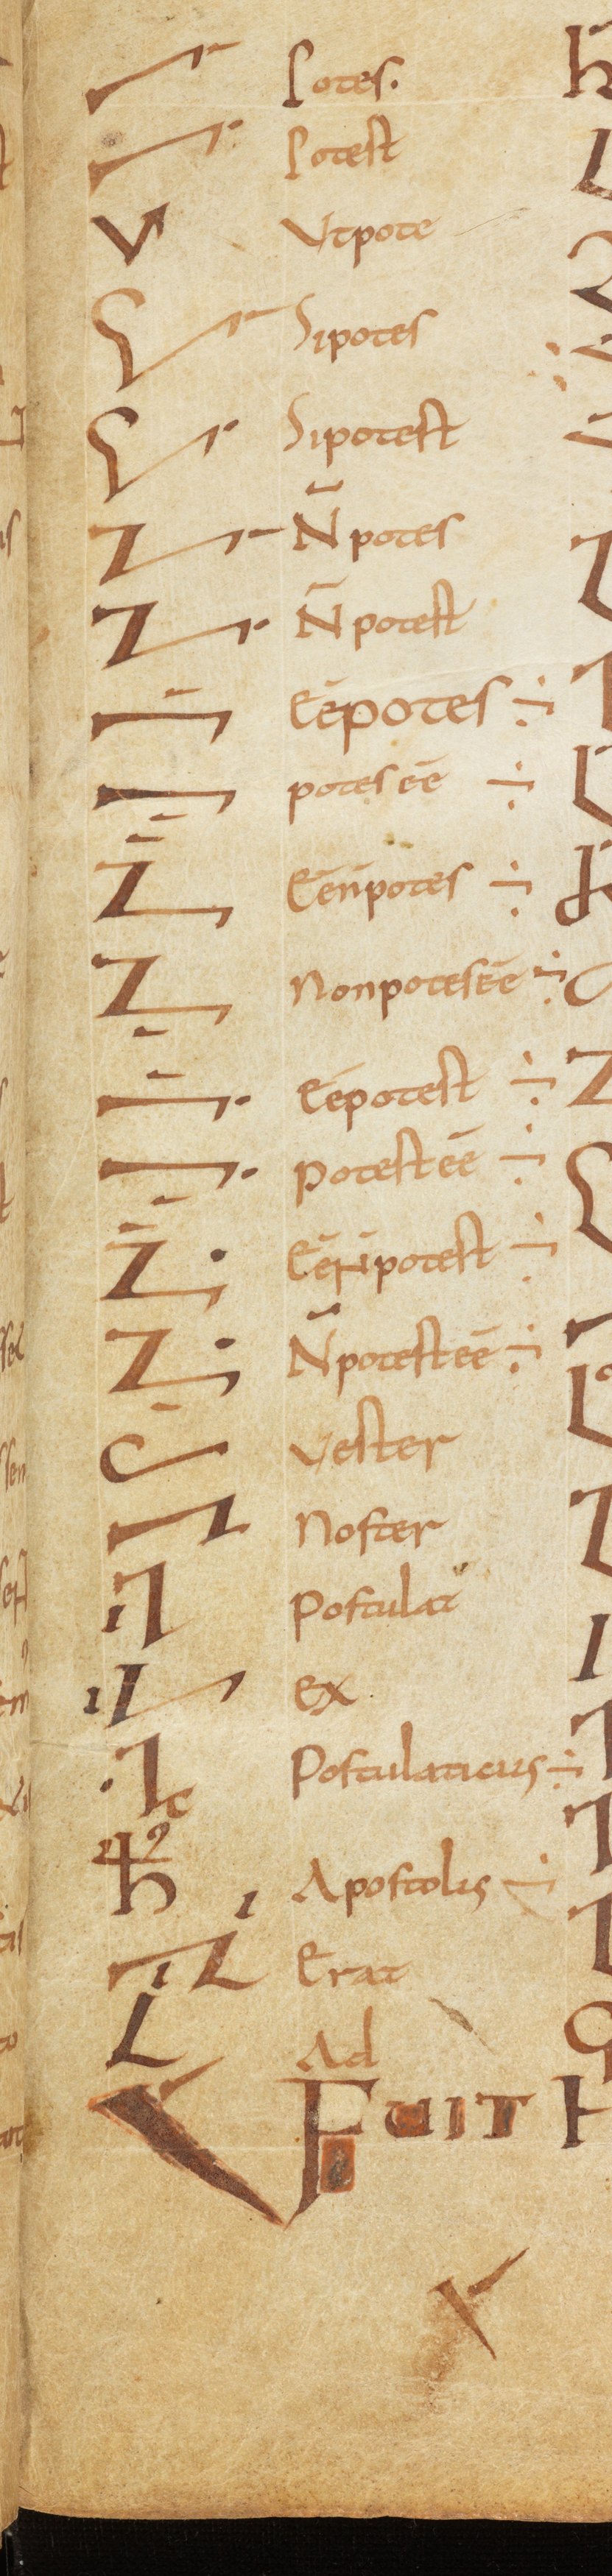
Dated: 800–899